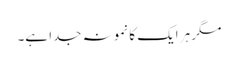
مگر ہر ایک کا نمونہ جدا ہے۔